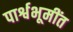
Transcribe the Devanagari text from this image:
पार्श्वभूमींत